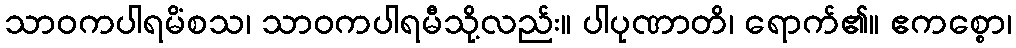
သာဝကပါရမိံစသ၊ သာဝကပါရမီသို့လည်း။ ပါပုဏာတိ၊ ရောက်၏။ ဧကစ္စော၊